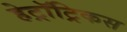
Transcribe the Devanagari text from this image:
हेट्रॉट्रिकस